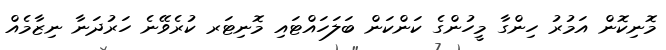
މޮނިކޮން އަމުރު ހިންގާ މީހުންގެ ކަންކަން ބަލަހައްޓައި މޮނިޓަރ ކުރެވޭނެ ހަރުދަނާ ނިޒާމެއް